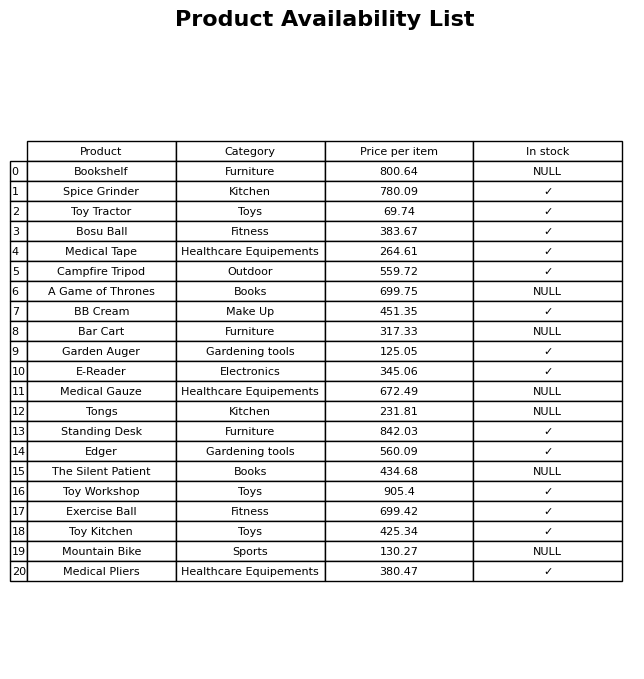
question: What is the price of the Spice Grinder?
answer: The price of Spice Grinder is 780.09.